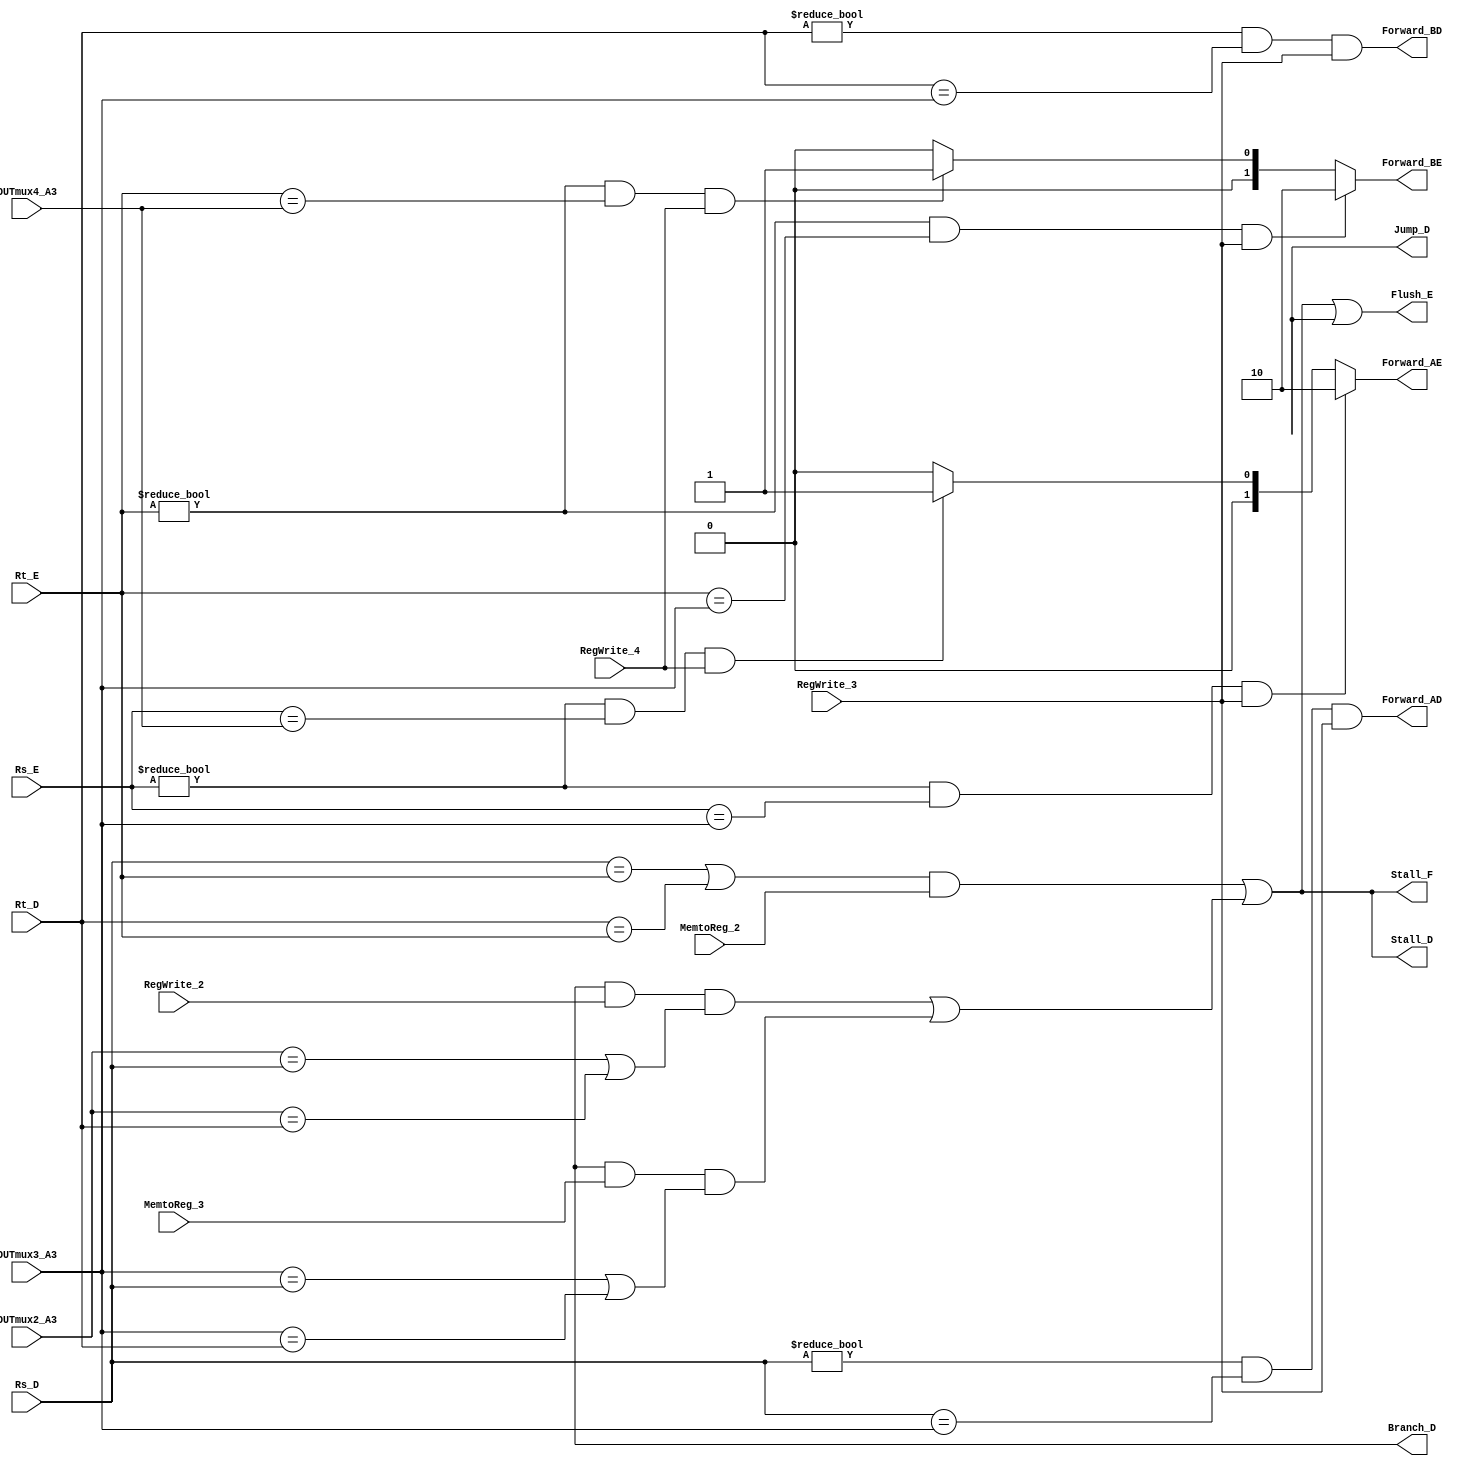
module Hazard_Unit  # ( parameter DATASIZE = 32 )
(
    output   reg    [1:0]               Forward_AE,Forward_BE,
    output   wire                       Forward_AD,Forward_BD,Stall_F,Stall_D,Flush_E,Branch_D,Jump_D,
    input    wire   [4:0]               Rs_E,Rt_E,Rs_D,Rt_D,OUTmux2_A3,OUTmux3_A3,OUTmux4_A3,
    input    wire                       RegWrite_2,RegWrite_3,RegWrite_4,MemtoReg_2,MemtoReg_3

);

wire                       lwstall,branchstall;

assign lwstall = (( Rs_D == Rt_E ) | ( Rt_D == Rt_E )) & (MemtoReg_2) ;

assign Forward_AD = ( Rs_D != 0 ) & ( Rs_D == OUTmux3_A3 ) & ( RegWrite_3 );
assign Forward_BD = ( Rt_D != 0 ) & ( Rt_D == OUTmux3_A3 ) & ( RegWrite_3 );

assign branchstall = ( Branch_D & RegWrite_2 & (( OUTmux2_A3 == Rs_D ) | ( OUTmux2_A3 == Rt_D ) )) | ( Branch_D & MemtoReg_3 & (( OUTmux3_A3 == Rs_D ) | ( OUTmux3_A3 == Rt_D ) )); 

assign Stall_F = lwstall | branchstall;
assign Stall_D = lwstall | branchstall;
assign Flush_E = lwstall | branchstall | Jump_D;

always @ (*)
    begin
        if ( ( Rs_E != 0 ) & ( Rs_E == OUTmux3_A3 ) & (RegWrite_3) )
            Forward_AE = 2'b10;
        else if ( ( Rs_E != 0 ) & ( Rs_E == OUTmux4_A3 ) & (RegWrite_4) )
            Forward_AE = 2'b01;
        else
            Forward_AE = 2'b00;
    end

always @ (*)
    begin
        if ( ( Rt_E != 0 ) & ( Rt_E == OUTmux3_A3 ) & (RegWrite_3) )
            Forward_BE = 2'b10;
        else if ( ( Rt_E != 0 ) & ( Rt_E == OUTmux4_A3 ) & (RegWrite_4) )
            Forward_BE = 2'b01;
        else
            Forward_BE = 2'b00;
    end

endmodule